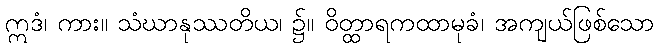
ဣဒံ၊ ကား။ သံဃာနုဿတိယ၊ ၌။ ဝိတ္ထာရကထာမုခံ၊ အကျယ်ဖြစ်သော